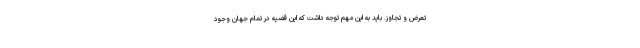
تعرض و تجاوز. باید به این مهم توجه داشت که این قضیه در تمام جهان وجود